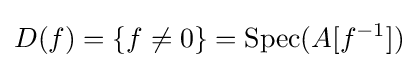
D(f)=\{f\neq 0\}=\operatorname {Spec} (A[f^{-1}])